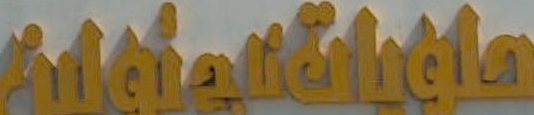
Aiciatintia